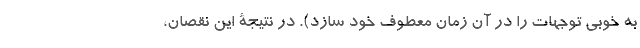
به خوبی توجّهات را در آن زمان معطوفِ خود سازد). در نتیجۀ این نقصان،